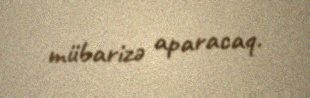
mübarizə aparacaq.